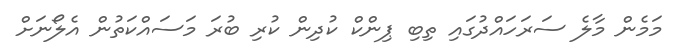
މަމެން މާލެ ސަރަހައްދުގައި ތިބި ޕިންކް ކުދިން ކުރި ބުރަ މަސައްކަތުން އެލޯނަށް